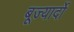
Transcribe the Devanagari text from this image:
बूज्यार्दो